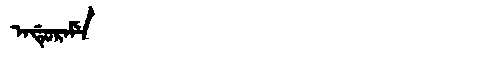
Manchu: ᠠᡩᡠᡵᠠᠮᡝ
Romanization: ADURAME